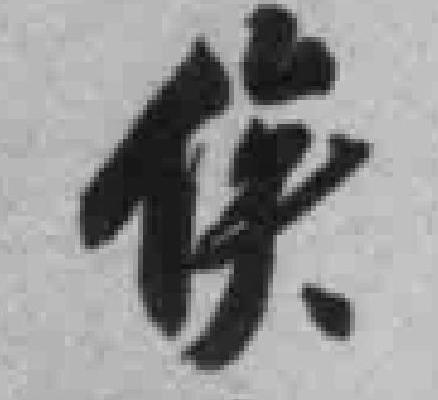
俟